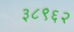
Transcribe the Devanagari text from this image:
३८९६२